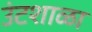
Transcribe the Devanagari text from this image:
उंटशाळा